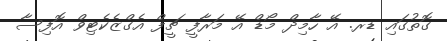
ގޮތުގައި ޑރ. އޭ ހާމިދް މޯޑް އޭ މަރާފީ ޗީފް އެގްޒެކެޓިވް އޮފިސާ